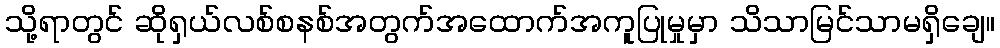
သို့ရာတွင် ဆိုရှယ်လစ်စနစ်အတွက်အထောက်အကူပြုမှုမှာ သိသာမြင်သာမရှိချေ။